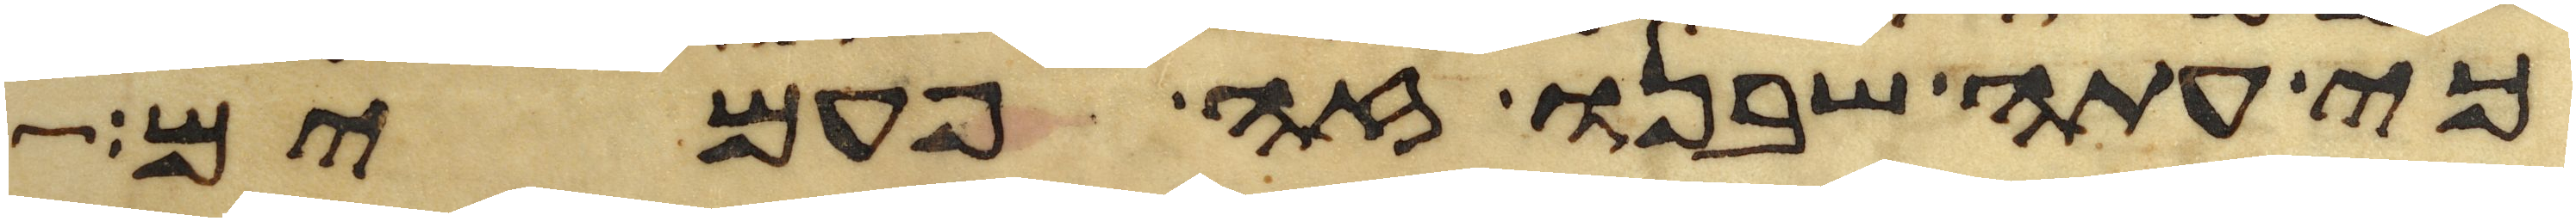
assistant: כי עתה שבנו זה פעמים